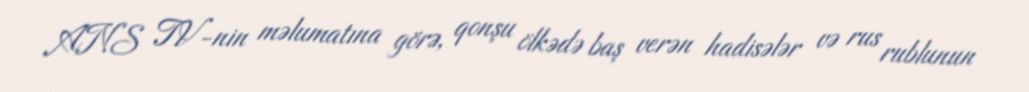
ANS TV-nin məlumatına görə, qonşu ölkədə baş verən hadisələr və rus rublunun